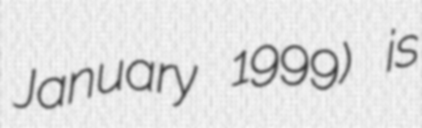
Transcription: January 1999) is